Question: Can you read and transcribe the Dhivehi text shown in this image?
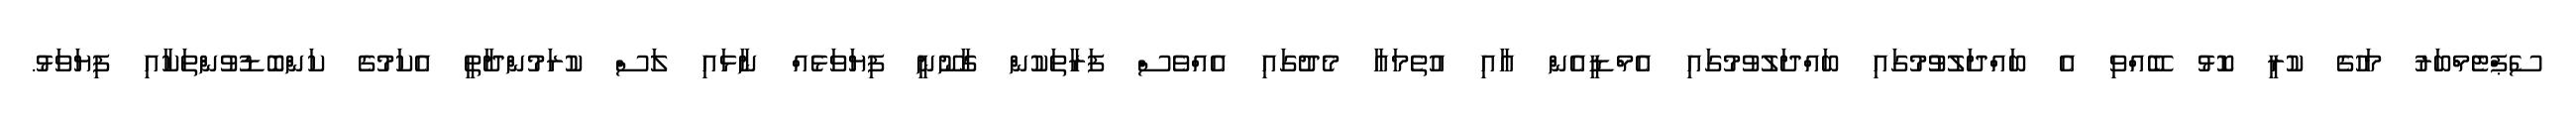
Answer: ސެޕްޓެމްބަރު މަހުގެ ކުރީ ކޮޅު ބޭއްވި އެ ބައްދަލުވުުމުގައި ބައްދަލުވުމުގައި އެމްޑީއެން އާއި އުތެމައާ މެދުގައި އެއްވެސް ފަރާތަކުން ގާނޫނީ ފިޔަވަޅެއް ނާޅައި ލަސް ކުރަމުންދާތީ އެކަމުގެ ކަންބޮޑުވުންތަކާއި ފިޔަވަޅު.